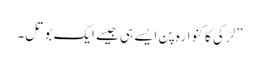
”لڑکی کا کنوارہ پن ایسے ہی جیسے ایک بوتل۔